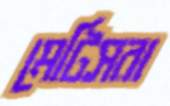
মেটিসরা